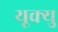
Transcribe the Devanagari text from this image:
यूक्यु